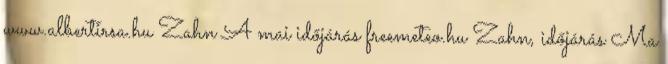
www.albertirsa.hu Zahn A mai időjárás freemeteo.hu Zahn, időjárás Ma